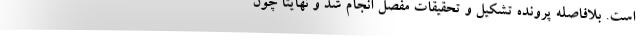
است. بلافاصله پرونده تشکیل و تحقیقات مفصل انجام شد و نهایتاً چون